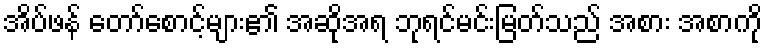
အိပ်ဖန် တော်စောင့်များ၏ အဆိုအရ ဘုရင်မင်းမြတ်သည် အစား အစာကို